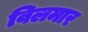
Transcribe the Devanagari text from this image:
विलमार